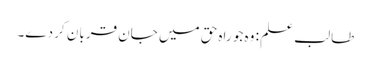
طالب علم : وہ جو راہ حق میں جان قربان کر دے۔